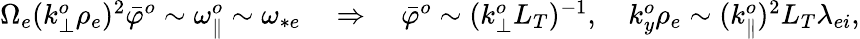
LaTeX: \begin{array}{r}{\Omega_{e}(k_{\perp}^{o}\rho_{e})^{2}\bar{\varphi}^{o}\sim\omega_{\parallel}^{o}\sim\omega_{*e}\quad\Rightarrow\quad\bar{\varphi}^{o}\sim(k_{\perp}^{o}L_{T})^{-1},\quad k_{y}^{o}\rho_{e}\sim(k_{\parallel}^{o})^{2}L_{T}\lambda_{ei},}\end{array}